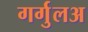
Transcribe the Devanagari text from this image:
गर्गुलअ